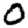
Digit: 0